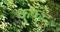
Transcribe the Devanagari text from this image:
कुकुंद